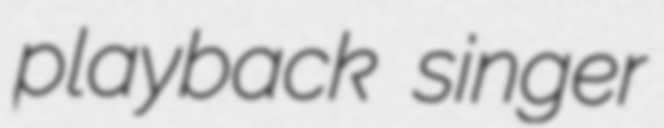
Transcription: playback singer